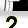
Digit: 2